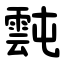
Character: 霕